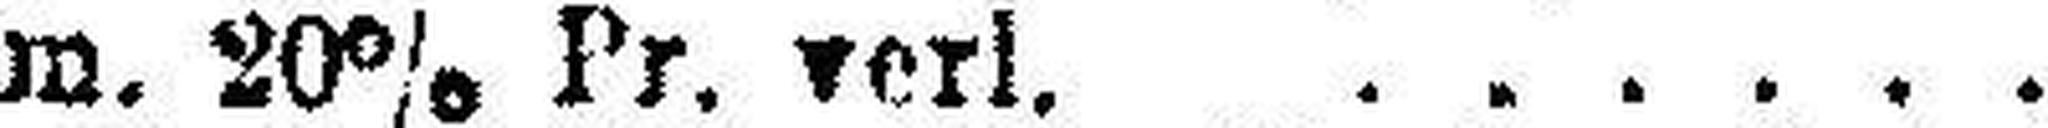
m. 20% Pr. verl.